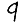
Digit: 9